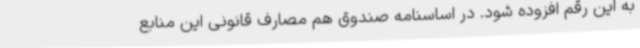
به این رقم افزوده شود. در اساسنامه صندوق هم مصارف قانونی این منابع